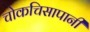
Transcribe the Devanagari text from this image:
चोकचिसापानी